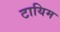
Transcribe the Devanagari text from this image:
टायिम